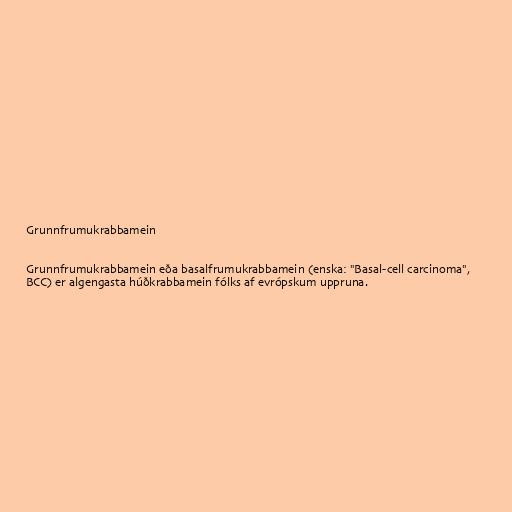
Grunnfrumukrabbamein

Grunnfrumukrabbamein eða basalfrumukrabbamein (enska: "Basal-cell carcinoma",
BCC) er algengasta húðkrabbamein fólks af evrópskum uppruna.